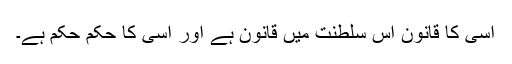
اُسی کا قانون اس سلطنت میں قانون ہے اور اُسی کا حکم حکم ہے۔